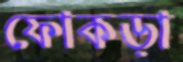
ফোকড়া